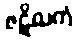
ဇဋိလကံ